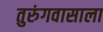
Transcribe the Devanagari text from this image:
तुरुंगवासाला